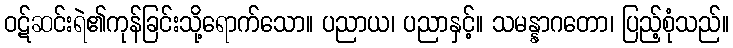
ဝဋ်ဆင်းရဲ၏ကုန်ခြင်းသို့ရောက်သော။ ပညာယ၊ ပညာနှင့်။ သမန္နာဂတော၊ ပြည့်စုံသည်။